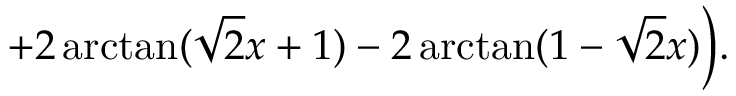
+ 2 \arctan ( \sqrt { 2 } x + 1 ) - 2 \arctan ( 1 - \sqrt { 2 } x ) \biggr ) .